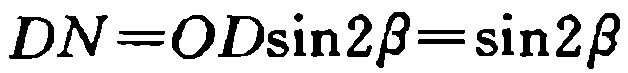
\(DN = OD\sin2\beta=\sin2\beta\)